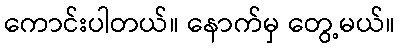
ကောင်းပါတယ်။ နောက်မှ တွေ့မယ်။